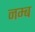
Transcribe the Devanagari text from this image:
नम्ब